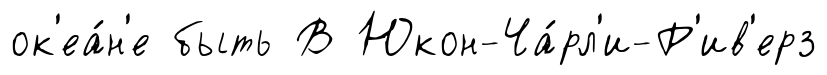
ок'еа́н'е быть В Юкон-Ча́рл'и-Р'ив'ерз